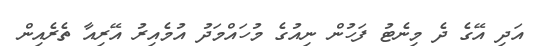
އަދި އޭގެ ދެ މިނެޓު ފަހުން ނިއުގެ މުހައްމަދު އުމެއިރު އޭރިއާ ތެރެއިން